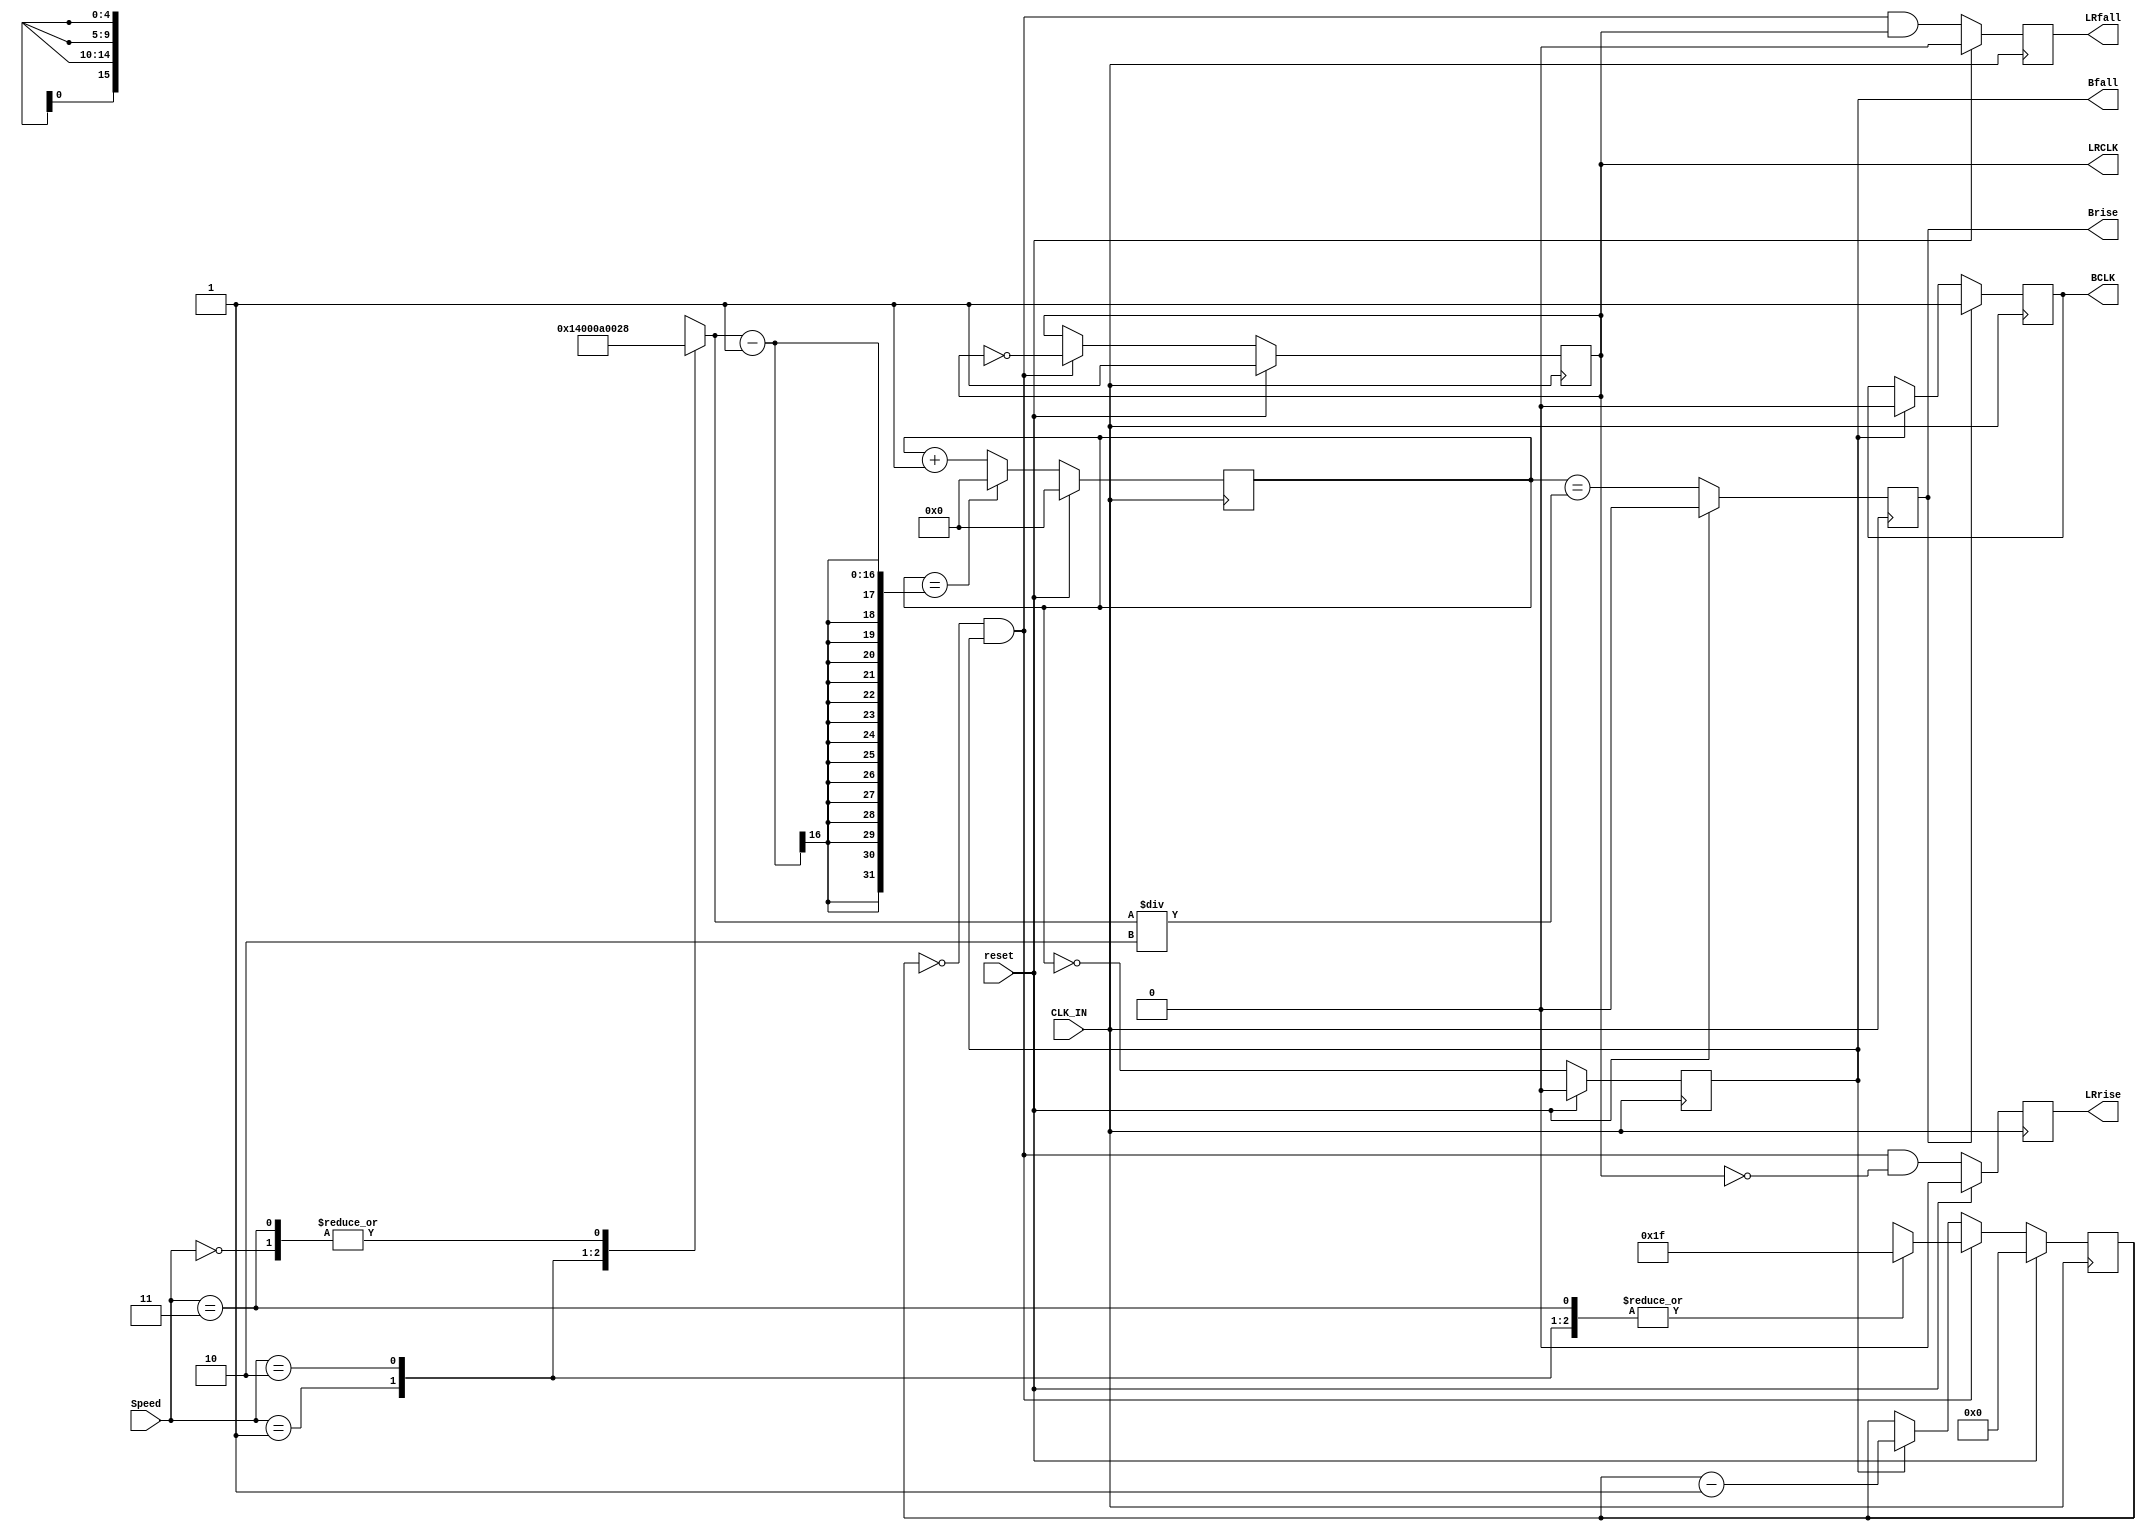
//
//  HPSDR - High Performance Software Defined Radio
//
//  Metis code. 
//
//  This program is free software; you can redistribute it and/or modify
//  it under the terms of the GNU General Public License as published by
//  the Free Software Foundation; either version 2 of the License, or
//  (at your option) any later version.
//
//  This program is distributed in the hope that it will be useful,
//  but WITHOUT ANY WARRANTY; without even the implied warranty of
//  MERCHANTABILITY or FITNESS FOR A PARTICULAR PURPOSE.  See the
//  GNU General Public License for more details.
//
//  You should have received a copy of the GNU General Public License
//  along with this program; if not, write to the Free Software
//  Foundation, Inc., 59 Temple Place, Suite 330, Boston, MA  02111-1307  USA



//  clk_lrclk_gen - copyright 2010, 2011 Kirk Weedman KD7IRS



// Created by Kirk Weedman KD7IRS - Feb 15, 2009
//
// This is a parameterized module
//
// BCLK and LRCLK are all generated synchronously to CLK_IN.

`timescale 1 ns/100 ps

module clk_lrclk_gen (reset, CLK_IN, BCLK, Brise, Bfall, LRCLK, LRrise, LRfall, Speed);
parameter BCLK_00   = 32;          // desired number of BCLKs per half LRCLK cycle at Speed = 2'b00
parameter BCLK_01   = 32;          // desired number of BCLKs per half LRCLK cycle at Speed = 2'b01
parameter BCLK_10   = 32;          // desired number of BCLKs per half LRCLK cycle at Speed = 2'b10
parameter CLK_FREQ  = 122880000;   // frequency of incoming clock

input   wire          reset;       // reset
input   wire          CLK_IN;
output  reg           BCLK;
output  reg           Brise;
output  reg           Bfall;
output  reg           LRCLK;
output  reg           LRrise;
output  reg           LRfall;
input   wire    [1:0] Speed;       // 2'b00 = LRCLK_00, 2'b01 = LRCLK_01, 2'b10 = LRCLK_10

localparam LS = clogb2 (BCLK_00-1); // 0 to (BCLK_10-1)

// internal signals
//reg  [BS-1:0] BCLK_cnt;
reg    [15:0] BCLK_cnt;
reg    [15:0] BCLK_DIV;
reg  [LS-1:0] LRCLK_cnt;

localparam TPD = 1;

always @*
begin
  case (Speed)
  2'b00:  // 48kHz
    BCLK_DIV = (CLK_FREQ/48000/(BCLK_00*2));
  2'b01:  // 96kHz
    BCLK_DIV = (CLK_FREQ/96000/(BCLK_01*2));
  2'b10:  // 192kHz
    BCLK_DIV = (CLK_FREQ/192000/(BCLK_10*2));
  2'b11:  // oops
    BCLK_DIV = (CLK_FREQ/48000/(BCLK_00*2));
  endcase
end

// CLK_IN gets divided down to create BCLK
always @ (posedge CLK_IN)
begin
  if (reset)
    BCLK_cnt <= #TPD 0;
  else if (BCLK_cnt == (BCLK_DIV-1))
    BCLK_cnt <= #TPD 0;
  else
    BCLK_cnt <= #TPD BCLK_cnt + 1'b1; // 0, 1, ...(BCLK_DIV-1), 0, ...

  if (reset)
    Brise <= 1'b0;
  else
    Brise <= (BCLK_cnt == (BCLK_DIV/2));

  if (reset)
    Bfall <= 1'b0;
  else
    Bfall <= (BCLK_cnt == 1'b0); // may not be a 50/50 duty cycle

  if (Brise)
    BCLK  <= #TPD 1'b1;
  else if (Bfall)
    BCLK  <= #TPD 1'b0;

  if (reset)
    LRCLK_cnt <= #TPD 0;
  else 
  begin
    if ((LRCLK_cnt == 0) && Bfall)
    begin
      case (Speed)
      2'b00:  // 48kHz
        LRCLK_cnt <= #TPD BCLK_00-1;
      2'b01:  // 96kHz
        LRCLK_cnt <= #TPD BCLK_01-1;
      2'b10:  // 192kHz
        LRCLK_cnt <= #TPD BCLK_10-1;
      2'b11:  // oops
        LRCLK_cnt <= #TPD BCLK_00-1;
      endcase
    end
    else if (Bfall)
      LRCLK_cnt <= #TPD LRCLK_cnt - 1'b1;
  end

  if (reset)
    LRCLK  <= #TPD 1'b1;
  else if ((LRCLK_cnt == 0) && Bfall)
    LRCLK  <= #TPD ~LRCLK;  // toggles according to speed {DFS1, DFS0}

  if (reset)
    LRrise <= 1'b0;
  else
    LRrise <= (LRCLK_cnt == 0) && Bfall && !LRCLK;

  if (reset)
    LRfall <= 1'b0;
  else
    LRfall <= (LRCLK_cnt == 0) && Bfall && LRCLK; // may not be a 50/50 duty cycle
end

function integer clogb2;
input [31:0] depth;
begin
  for(clogb2=0; depth>0; clogb2=clogb2+1)
  depth = depth >> 1;
end
endfunction
endmodule